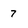
Character: 7